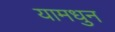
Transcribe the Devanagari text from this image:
यामधुन